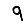
Digit: 9